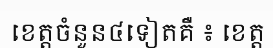
ខេត្តចំនួន៤ទៀតគឺ ៖ ខេត្ត